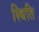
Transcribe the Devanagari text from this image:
स्थिति